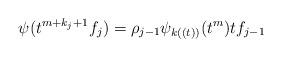
LaTeX: \begin{align*}\psi(t^{m+k_j+1}f_j)=\rho_{j-1}\psi_{k((t))}(t^{m})tf_{j-1}\end{align*}